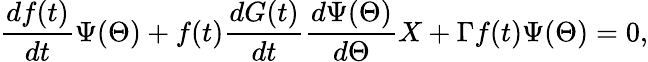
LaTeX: \frac{df(t)}{dt}\Psi(\Theta)+f(t)\frac{dG(t)}{dt}\frac{d\Psi(\Theta)}{d\Theta}X+\Gamma f(t)\Psi(\Theta)=0,